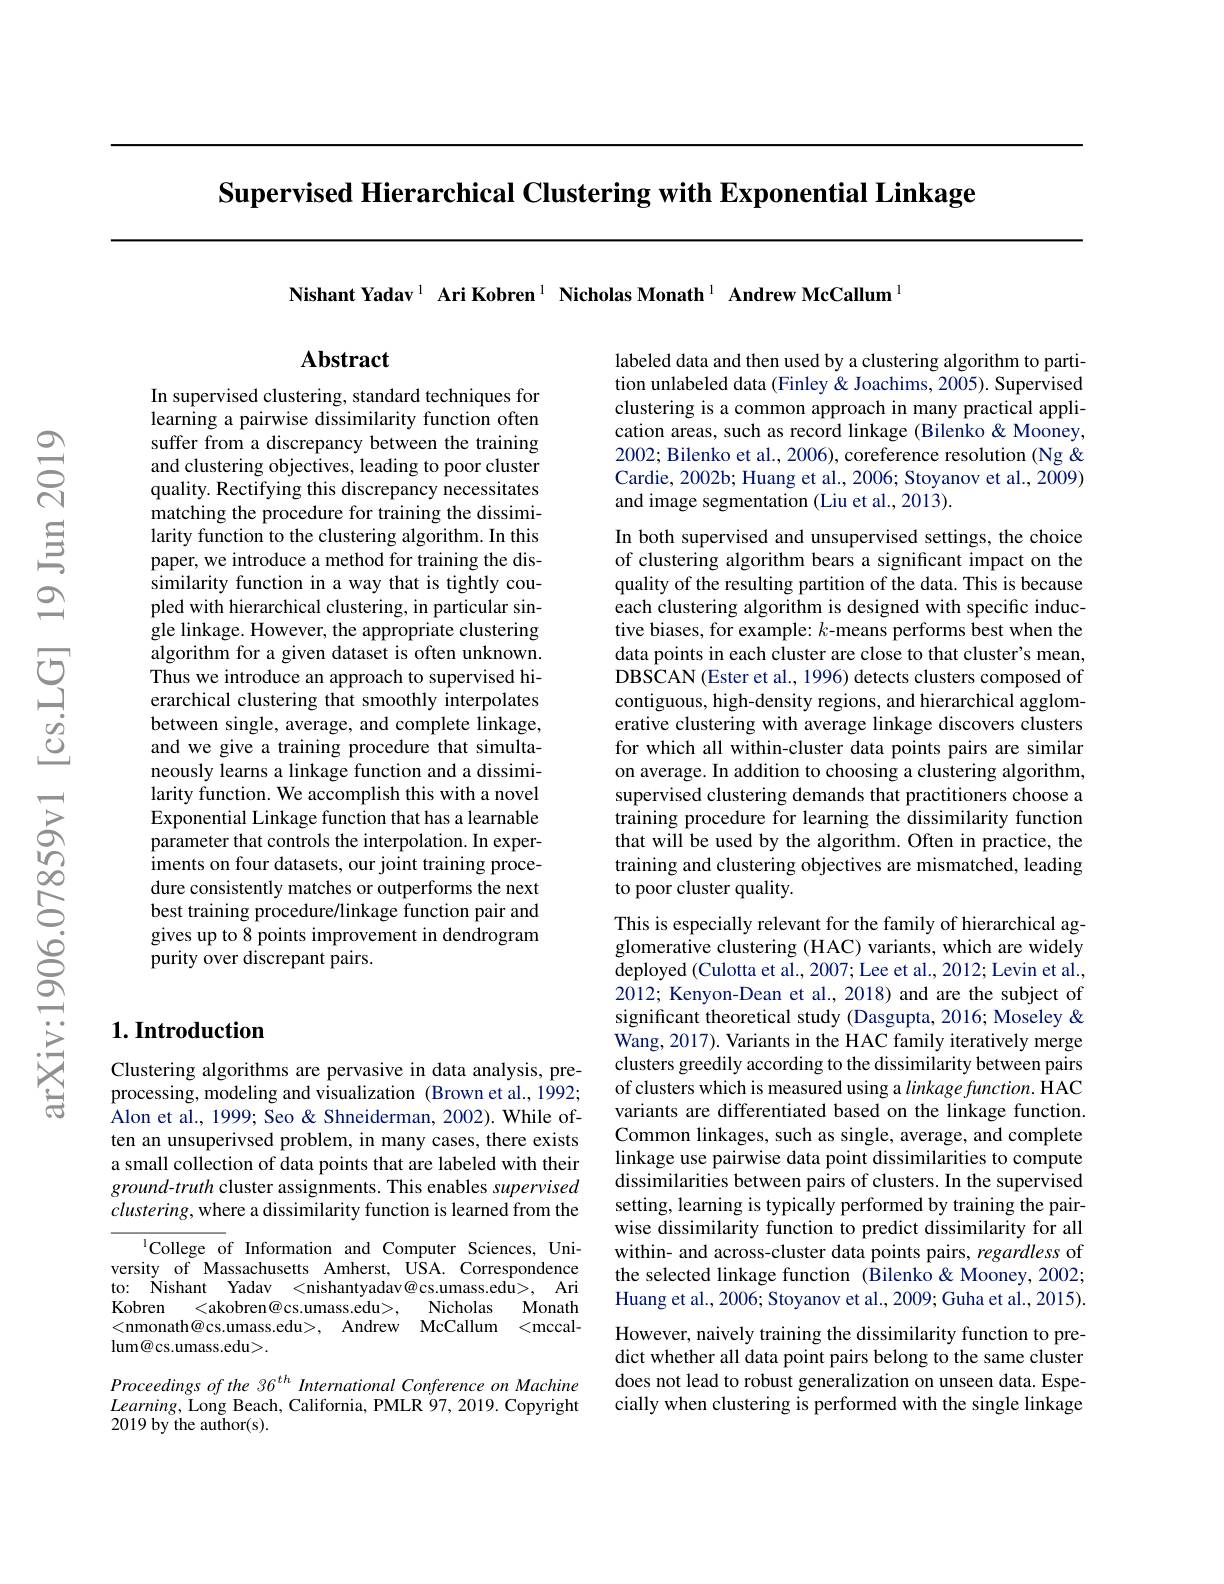
Supervised Hierarchical Clustering with Exponential Linkage

Nishant Yadav$^{1}$ Ari Kobren$^{1}$ Nicholas Monath$^{1}$ Andrew McCallum

## $\mathbf{Abstract}$

In supervised clustering, standard techniques for learning a pairwise dissimilarity function often suffer from a discrepancy between the training and clustering objectives, leading to poor cluster quality. Rectifying this discrepancy necessitates matching the procedure for training the dissimilarity function to the clustering algorithm. In this paper, we introduce a method for training the dissimilarity function in a way that is tightly coupled with hierarchical clustering, in particular single linkage. However, the appropriate clustering algorithm for a given dataset is often unknown. Thus we introduce an approach to supervised hierarchical clustering that smoothly interpolates between single, average, and complete linkage, and we give a training procedure that simultaneously learns a linkage function and a dissimilarity function. We accomplish this with a novel Exponential Linkage function that has a learnable parameter that controls the interpolation. In experiments on four datasets, our joint training procedure consistently matches or outperforms the next best training procedure/linkage function pair and gives up to 8 points improvement in dendrogram purity over discrepant pairs.

## $1. \textbf{Introduction}$

Clustering algorithms are pervasive in data analysis, preprocessing, modeling and visualization (Brown et al., 1992; Alon et al., 1999; Seo& Shneiderman, 2002). While often an unsuperivsed problem, in many cases, there exists a small collection of data points that are labeled with their $ground-truth$ cluster assignments. This enables supervised $clustering$,where a dissimilarity function is learned from the

$^{1}$College of Information and Computer Sciences, University of Massachusetts Amherst, USA. Correspondence to: Nishant Yadav <nishantyadav@cs.umass.edu>, Ari
Nicholas
Kobren
<akobren@cs.umass.edu>,
Monath
<nmonath@cs.umass.edu>,Andrew McCallum <mccal-
$\operatorname{lum@}$cs.umass.edu>.

Proceedings of the 36$^{th}$ International Conference on Machine $Learning$, Long Beach, California, PMLR 97, 2019. Copyright 2019 by the author(s).

labeled data and then used by a clustering algorithm to partition unlabeled data (Finley & Joachims, 2005). Supervised clustering is a common approach in many practical application areas, such as record linkage (Bilenko&Mooney, 2002; Bilenko et al., 2006), coreference resolution (Ng & Cardie, 2002b; Huang et al., 2006; Stoyanov et al., 2009) and image segmentation (Liu et al., 2013).

In both supervised and unsupervised settings, the choice of clustering algorithm bears a significant impact on the quality of the resulting partition of the data. This is because each clustering algorithm is designed with specific inductive biases, for example: $k$-means performs best when the data points in each cluster are close to that cluster's mean, DBSCAN (Ester et al., 1996) detects clusters composed of contiguous, high-density regions, and hierarchical agglomerative clustering with average linkage discovers clusters for which all within-cluster data points pairs are similar on average. In addition to choosing a clustering algorithm, supervised clustering demands that practitioners choose a $\hat{\text{training procedure for learning the dissimilarity function}}$ that will be used by the algorithm. Often in practice, the training and clustering objectives are mismatched, leading to poor cluster quality.
This is especially relevant for the family of hierarchical agglomerative clustering (HAC) variants, which are widely deployed (Culotta et al., 2007; Lee et al., 2012; Levin et al., 2012; Kenyon-Dean et al., 2018) and are the subject of significant theoretical study (Dasgupta, 2016; Moseley & Wang, 2017). Variants in the HAC family iteratively merge clusters greedily according to the dissimilarity between pairs of clusters which is measured using a $linkagefunction.$ HAC variants are differentiated based on the linkage function. Common linkages, such as single, average, and complete linkage use pairwise data point dissimilarities to compute dissimilarities between pairs of clusters. In the supervised setting, learning is typically performed by training the pairwise dissimilarity function to predict dissimilarity for all within- and across-cluster data points pairs, regardless of the selected linkage function (Bilenko&Mooney,2002; Huang et al., 2006; Stoyanov et al., 2009; Guha et al., 2015). However, naively training the dissimilarity function to predict whether all data point pairs belong to the same cluster does not lead to robust generalization on unseen data. Especially when clustering is performed with the single linkage